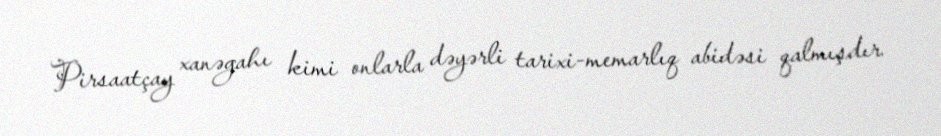
Pirsaatçay xanəgahı kimi onlarla dəyərli tarixi-memarlıq abidəsi qalmışdır.